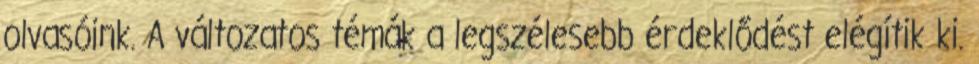
olvasóink. A változatos témák a legszélesebb érdeklődést elégítik ki.